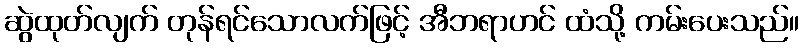
ဆွဲထုတ်လျက် တုန်ရင်သောလက်ဖြင့် အီဘရာဟင် ထံသို့ ကမ်းပေးသည်။